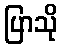
ပြာသို